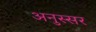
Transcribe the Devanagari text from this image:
अनुस्सर